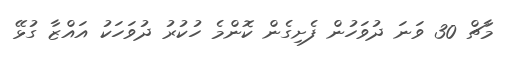
މާޗް 30 ވަނަ ދުވަހުން ފެށިގެން ކޮންމެ ހުކުރު ދުވަހަކު އައްޒާ ގުޅޭ